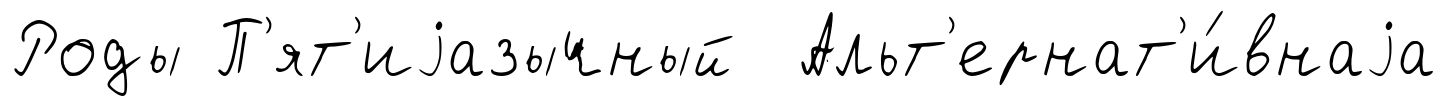
Роды П'ят'иjазычный Альт'ернат'и́внаjа